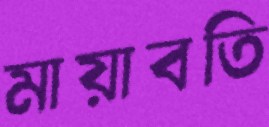
মায়াবতি